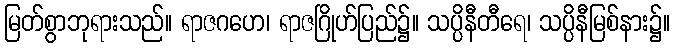
မြတ်စွာဘုရားသည်။ ရာဇဂဟေ၊ ရာဇဂြိုဟ်ပြည်၌။ သပ္ပိနီတီရေ၊ သပ္ပိနီမြစ်နား၌။